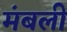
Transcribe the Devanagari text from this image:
मंबली